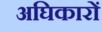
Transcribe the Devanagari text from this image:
अघिकारों